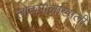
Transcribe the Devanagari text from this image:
लोकपालाखाली